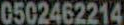
0502462214